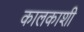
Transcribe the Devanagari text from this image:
कालकाशी